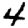
Digit: 4